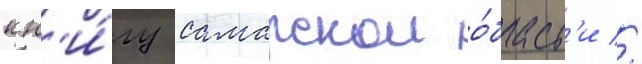
кн'и́гу самарскои о́бласт'и //